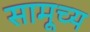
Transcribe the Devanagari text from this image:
सामूच्य